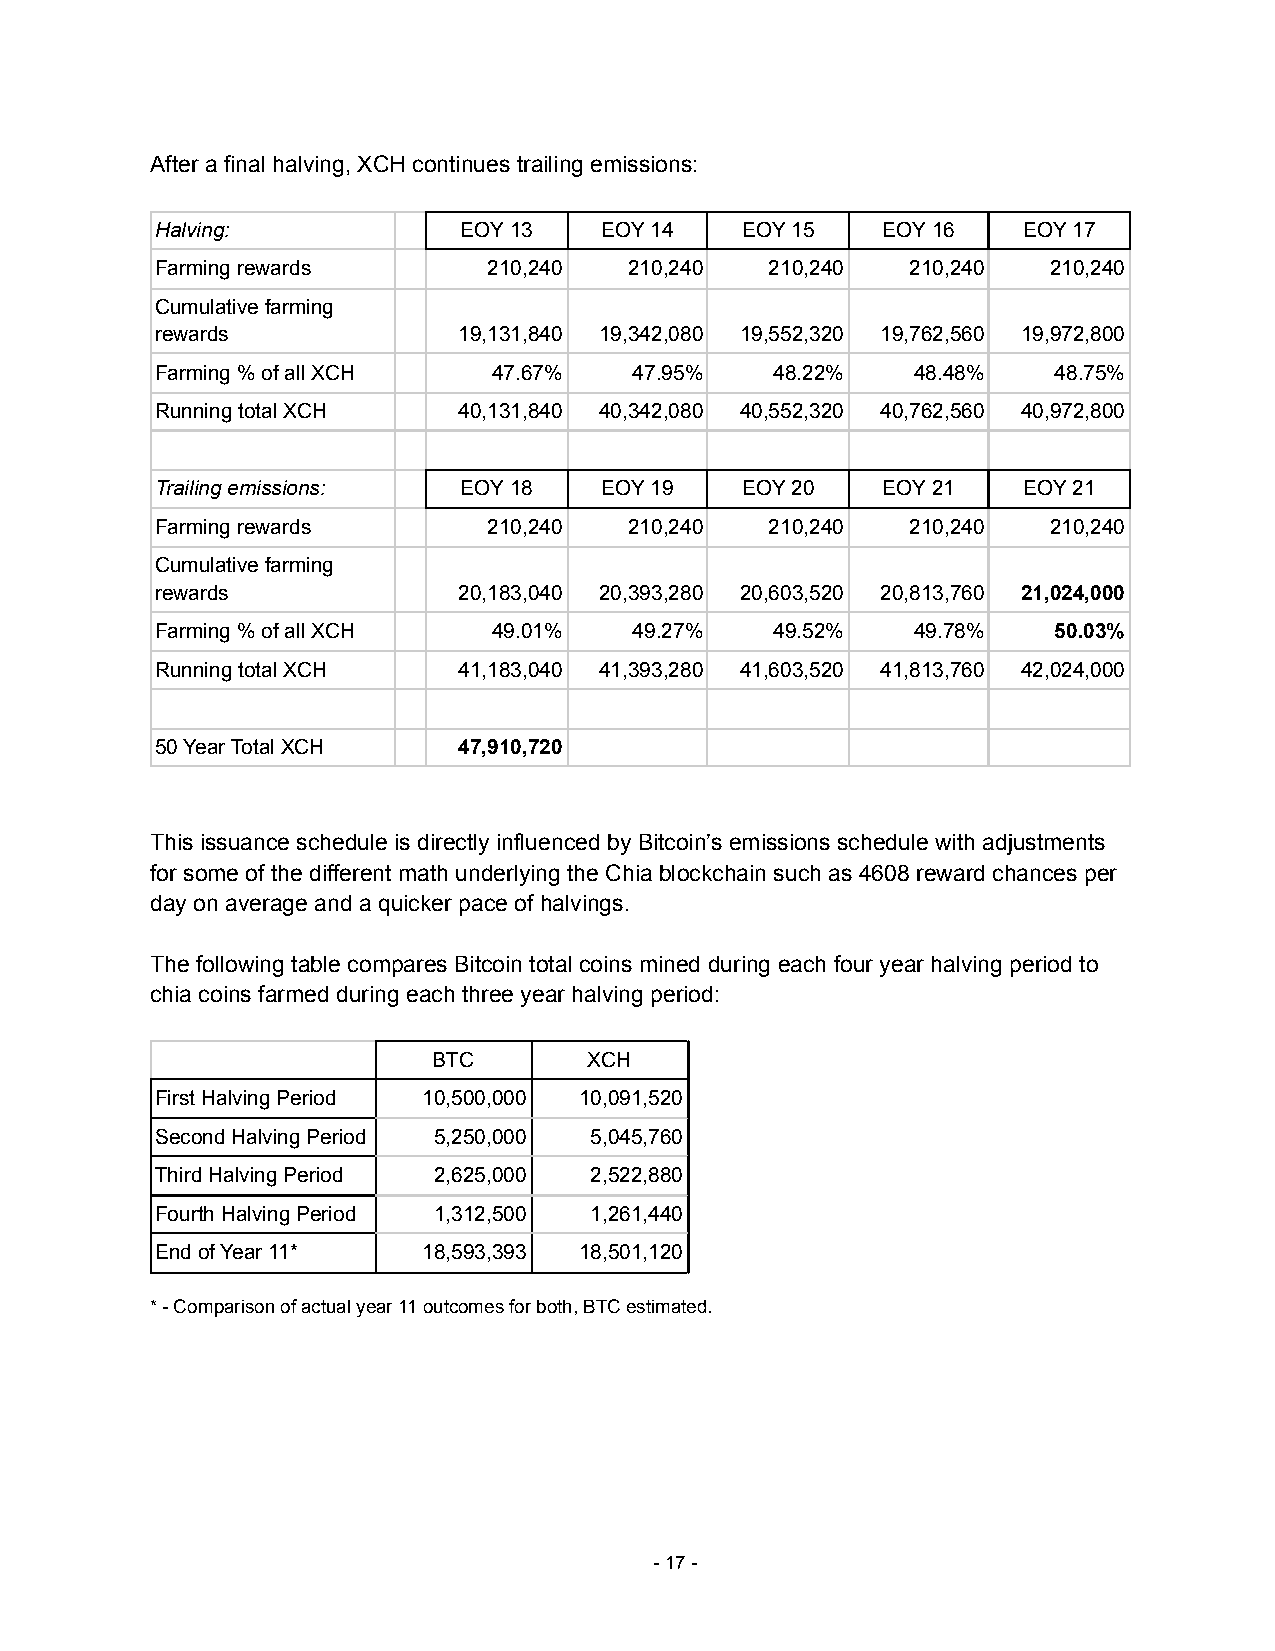
After a final halving, XCH continues trailing emissions:
 Halving:            EOY 13    EOY 14   EOY 15   EOY 16    EOY 17
 Farming rewards       210,240   210,240  210,240  210,240  210,240
 Cumulative farming
 rewards             19,131,840 19,342,080 19,552,320 19,762,560 19,972,800
 Farming % of all XCH   47.67%   47.95%   48.22%   48.48%    48.75%
 Running total XCH   40,131,840 40,342,080 40,552,320 40,762,560 40,972,800
 Trailing emissions: EOY 18    EOY 19   EOY 20   EOY 21    EOY 21
 Farming rewards       210,240   210,240  210,240  210,240  210,240
 Cumulative farming
 rewards             20,183,040 20,393,280 20,603,520 20,813,760 21,024,000
 Farming % of all XCH   49.01%   49.27%   49.52%   49.78%    50.03%
 Running total XCH   41,183,040 41,393,280 41,603,520 41,813,760 42,024,000
 50 Year Total XCH   47,910,720
 This issuance schedule is directly influenced by Bitcoin’s emissions schedule with adjustments
 for some of the different math underlying the Chia blockchain such as 4608 reward chances per
 day on average and a quicker pace of halvings.
 The following table compares Bitcoin total coins mined during each four year halving period to
 chia coins farmed during each three year halving period:
 BTC       XCH
 First Halving Period 10,500,000 10,091,520
 Second Halving Period 5,250,000 5,045,760
 Third Halving Period 2,625,000 2,522,880
 Fourth Halving Period 1,312,500 1,261,440
 End of Year 11*   18,593,393 18,501,120
 * - Comparison of actual year 11 outcomes for both,BTC estimated.
 -17-